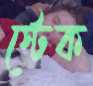
স্টেক